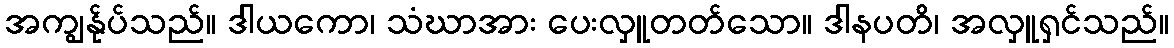
အကျွန်ုပ်သည်။ ဒါယကော၊ သံဃာအား ပေးလှူတတ်သော။ ဒါနပတိ၊ အလှူရှင်သည်။